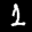
Label: 1